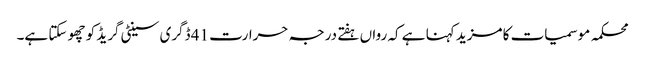
محکمہ موسمیات کا مزید کہنا ہے کہ رواں ہفتے درجہ حرارت 41 ڈگری سینٹی گریڈ کو چھو سکتا ہے۔